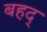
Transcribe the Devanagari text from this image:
बहद्